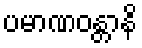
ပမာဏဝန္တာနိ